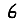
Digit: 6